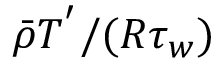
\bar { \rho } T ^ { ' } / ( R \tau _ { w } )